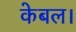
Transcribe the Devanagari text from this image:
केबल।